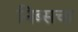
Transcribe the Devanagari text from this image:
निब्सचा